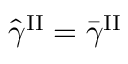
\hat { \gamma } ^ { \mathrm { I I } } = \bar { \gamma } ^ { \mathrm { I I } }